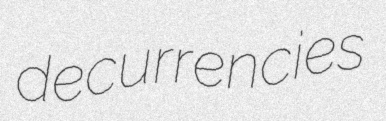
decurrencies